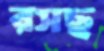
রসছ